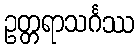
ဥတ္တရာသင်္ဂဿ